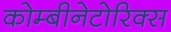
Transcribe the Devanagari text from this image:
कोम्बीनेटोरिक्स